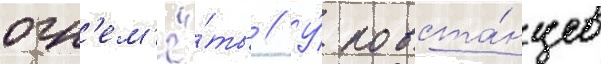
огн'ем'ё́ты // У́ повста́нцев